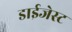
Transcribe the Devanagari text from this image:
डाईजेस्ट